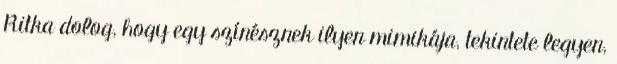
Ritka dolog, hogy egy színésznek ilyen mimikája, tekintete legyen,